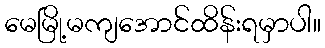
မေမြို့မကျအောင်ထိန်းရမှာပါ။